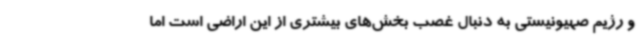
و رژیم صهیونیستی به دنبال غصب بخش‌های بیشتری از این اراضی است اما